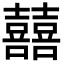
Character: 囍